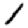
Digit: 1